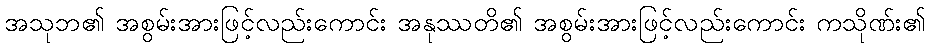
အသုဘ၏ အစွမ်းအားဖြင့်လည်းကောင်း အနုဿတိ၏ အစွမ်းအားဖြင့်လည်းကောင်း ကသိုဏ်း၏